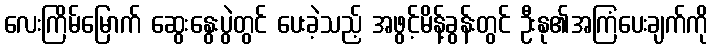
လေးကြိမ်မြောက် ဆွေးနွေးပွဲတွင် ပေးခဲ့သည့် အဖွင့်မိန့်ခွန်းတွင် ဦးနု၏အကြံပေးချက်ကို